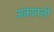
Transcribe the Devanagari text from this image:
अंकावली